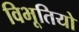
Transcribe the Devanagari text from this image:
विभूतियो